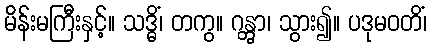
မိန်းမကြီးနှင့်။ သဒ္ဓိံ၊ တကွ။ ဂန္တွာ၊ သွား၍။ ပဒုမဝတိံ၊